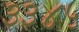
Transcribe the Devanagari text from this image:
३३४५